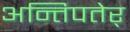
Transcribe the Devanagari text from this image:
अन्तिपतेर्